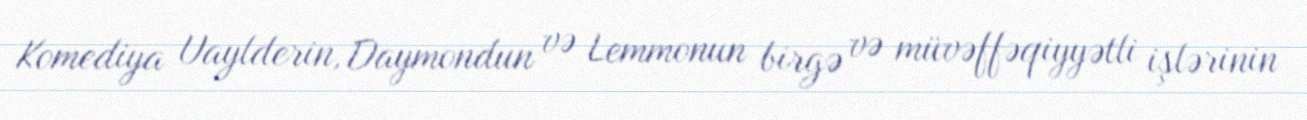
Komediya Uaylderin, Daymondun və Lemmonun birgə və müvəffəqiyyətli işlərinin